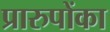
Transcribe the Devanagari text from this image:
प्रारुपोंका